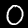
Digit: 0